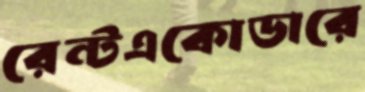
রেন্টএকোডারে